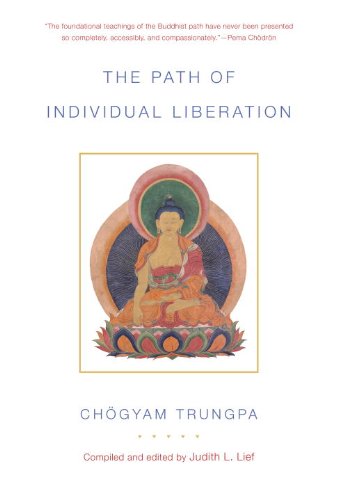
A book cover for The Path of Individual Liberation: The Profound Treasury of the Ocean of Dharma, Volume One; Chogyam Trungpa; Religion & Spirituality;